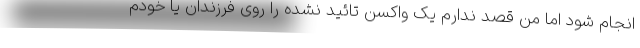
انجام شود اما من قصد ندارم یک واکسن تائید نشده را روی فرزندان یا خودم